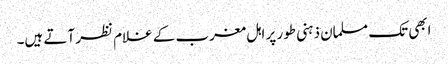
ابھی تک مسلمان ذہنی طور پر اہل مغرب کے غلام نظر آتے ہیں۔